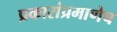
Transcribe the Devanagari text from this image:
प्रकारांप्रमाणेच